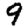
Digit: 9